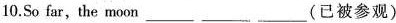
10.So far,the moon___ ___ ___(已被参观)